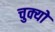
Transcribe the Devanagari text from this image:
चुक्यो